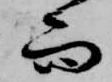
而